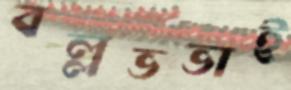
বল্লভভাই